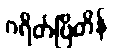
ဂရိတ်ဗြိတိန်